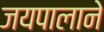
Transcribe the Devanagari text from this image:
जयपालाने